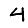
Digit: 4